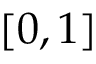
[ 0 , 1 ]